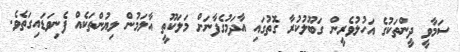
ސަމާވީ ދީންތަކުގެ އަހުލުވެރީން ގަބޫލުކުރާ ގޮތުގައި އާދަމުގެފާނަށް މަލަކޫތީ އާލަމުން ލިޔުންތަކެއް ފެނިވަޑައިގަތެވެ.